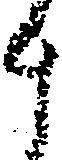
斗